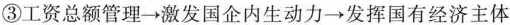
③工资总额管理→激发国企内生动力→发挥国有经济主体